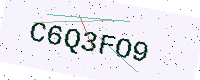
Text: C6Q3FO9